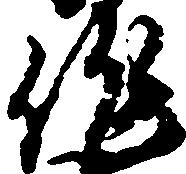
作